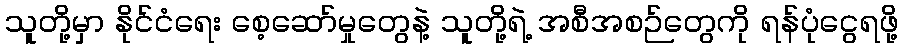
သူတို့မှာ နိုင်ငံရေး စေ့ဆော်မှုတွေနဲ့ သူတို့ရဲ့ အစီအစဉ်တွေကို ရန်ပုံငွေရဖို့